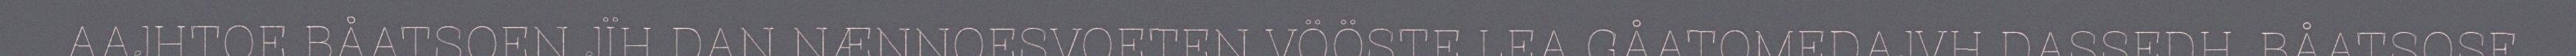
AAJHTOE BÅATSOEN JÏH DAN NÆNNOESVOETEN VÖÖSTE LEA GÅATOMEDAJVH DASSEDH. BÅATSOSE